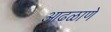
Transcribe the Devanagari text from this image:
आढळाणे